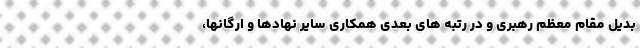
بدیل مقام معظم رهبری و در رتبه های بعدی همکاری سایر نهادها و ارگانها،